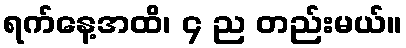
ရက်နေ့အထိ၊ ၄ ည တည်းမယ်။